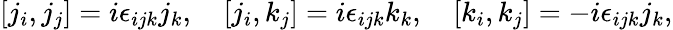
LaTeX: [j_{i},j_{j}]=i\epsilon_{ijk}j_{k},\quad[j_{i},k_{j}]=i\epsilon_{ijk}k_{k},\quad[k_{i},k_{j}]=-i\epsilon_{ijk}j_{k},